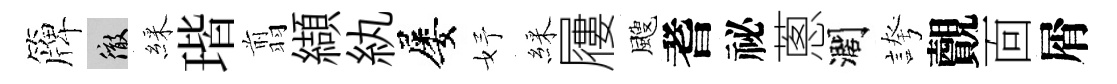
簰徹綵瑎翦纈紈屡妤綵屨颼耆祕蔥濶誇覿靣屑